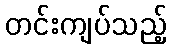
တင်းကျပ်သည့်